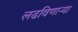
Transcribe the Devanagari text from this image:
लढविणाऱ्या